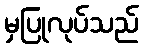
မှပြုလုပ်သည်